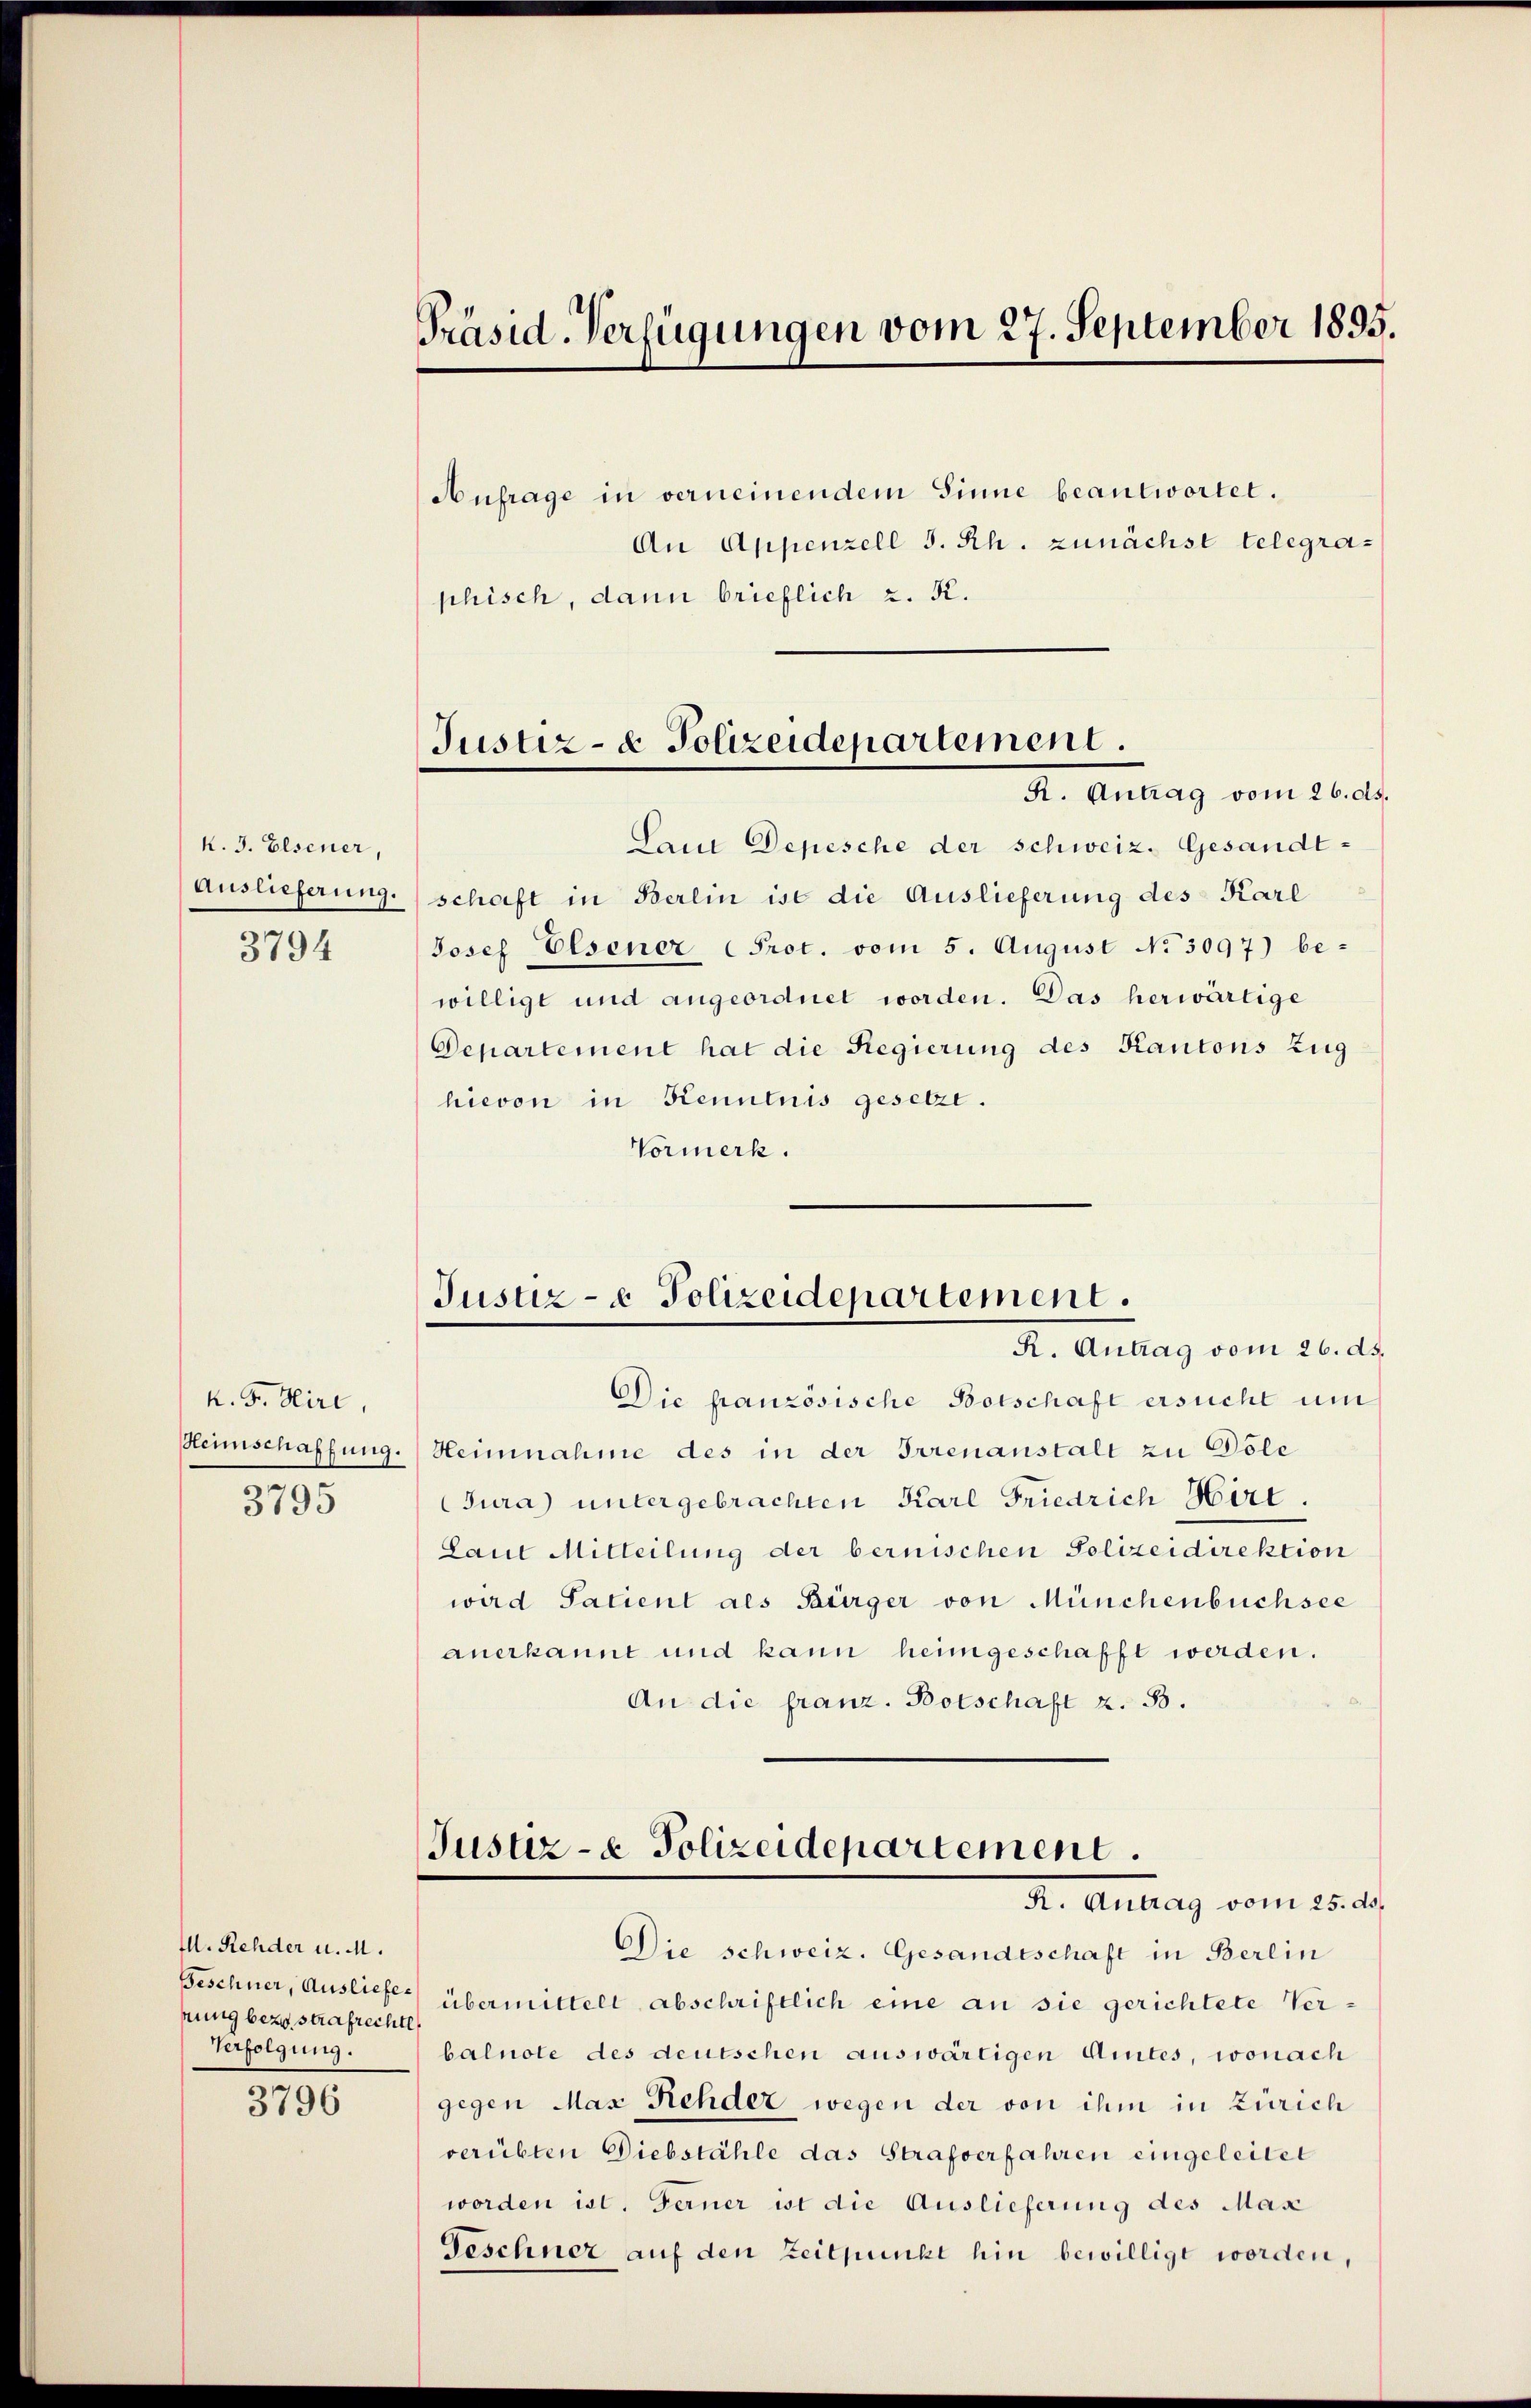
K. J. Elsener,
Auslieferung.
3794

K. Fr. Hiri,
3795

I. Rehder u. M.
nung bezw. strafrechte
Verfolgung.

3796

Präsid. Verfügungen vom 27. September 1895.
Aufrage in verneinendem Sinne beantwortet.
An Appenzell S. Rh. zunächst telegraphisch, dann brieflich 2. K.

Lan Depesche der schweiz. Gesandtschaft in Berlin ist die Auslieferung des Karl
Josef Elsener Prot. vom 5. August No 3097) be-
willigt und angeordnet worden. Das herwärtige
Departement hat die Regierung des Kantons Zug
hievon in Kenntnis gesetze.
Vormerk.

Justiz- & Polizeidepartement.
I. Antrag vom 26. d.

Justiz- & Polizeidepartement.
Dr. Antrag vom 20. d.

Die französische Botschaft ersucht und
Heimschaffung. Heimnahme des in der Irrenanstalt zu Dole
Jura) untergebrachten Karl Friedrich Hirt.
Laut Mitteilung der bernischen Polizeidirektion
wird Satient als Bürger von Münchenbüchsee
anerkannt und kann heimgeschafft werden.
An die franz. Botschaft z. B.

Justiz- & Polizeidepartement.
I. Antrag vom 23. d.
Die schweiz. Gesandtschaft in Berein

Beschner, Ausliefe übermittelt abschriftlich eine an sie gerichtete Verbalnote des deutschen auswärtigen Amtes, wonach
gegen Max Rehder wegen der von ihm in Zürich
verübten Diebstähle das Strafverfahren eingeleitet
worden ist. Ferner ist die Auslieferung des Mas
Geschner auf den Zeitpunkt hin bewilligt worden,